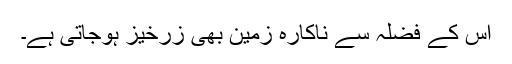
اس کے فضلہ سے ناکارہ زمین بھی زرخیز ہوجاتی ہے۔